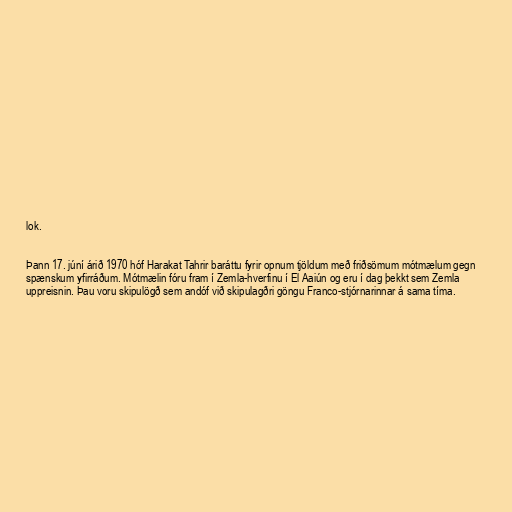
lok.

Þann 17. júní árið 1970 hóf Harakat Tahrir baráttu fyrir opnum tjöldum með friðsömum mótmælum gegn
spænskum yfirráðum. Mótmælin fóru fram í Zemla-hverfinu í El Aaiún og eru í dag þekkt sem Zemla
uppreisnin. Þau voru skipulögð sem andóf við skipulagðri göngu Franco-stjórnarinnar á sama tíma.